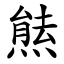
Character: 㷱